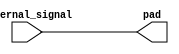
module lvcmos_buffer (
    input wire internal_signal,
    output pad
);

assign pad = internal_signal;

endmodule